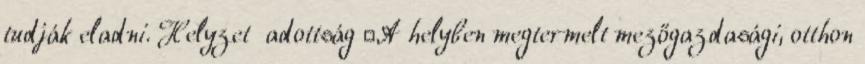
tudják eladni. Helyzet adottság ▪A helyben megtermelt mezőgazdasági, otthon